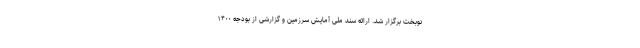
نوبخت برگزار شد. ارائه سند ملی آمایش سرزمین و گزارشی از بودجه ۱۴٠٠